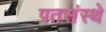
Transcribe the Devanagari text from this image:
पतसंस्थे